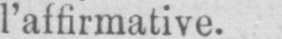
l’affirmative.